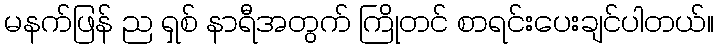
မနက်ဖြန် ည ရှစ် နာရီအတွက် ကြိုတင် စာရင်းပေးချင်ပါတယ်။